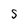
Character: S